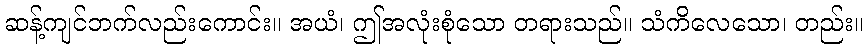
ဆန့်ကျင်ဘက်လည်းကောင်း။ အယံ၊ ဤအလုံးစုံသော တရားသည်။ သံကိလေသော၊ တည်း။